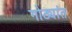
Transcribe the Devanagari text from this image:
गोठ्यांत